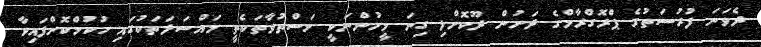
ދެވަނަ ފުރުސަތުގެ ޕްރޮގްރާމްގެ ދަށުން ދޫކޮށްލި ގިނަ މީހުންނަކީ މަސްތުވާތަކެތީ މައްސަލަތަކުގައި ހުކުމްކޮށްފައިވާ